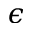
\epsilon